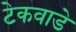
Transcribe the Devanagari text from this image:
टेकवाडे